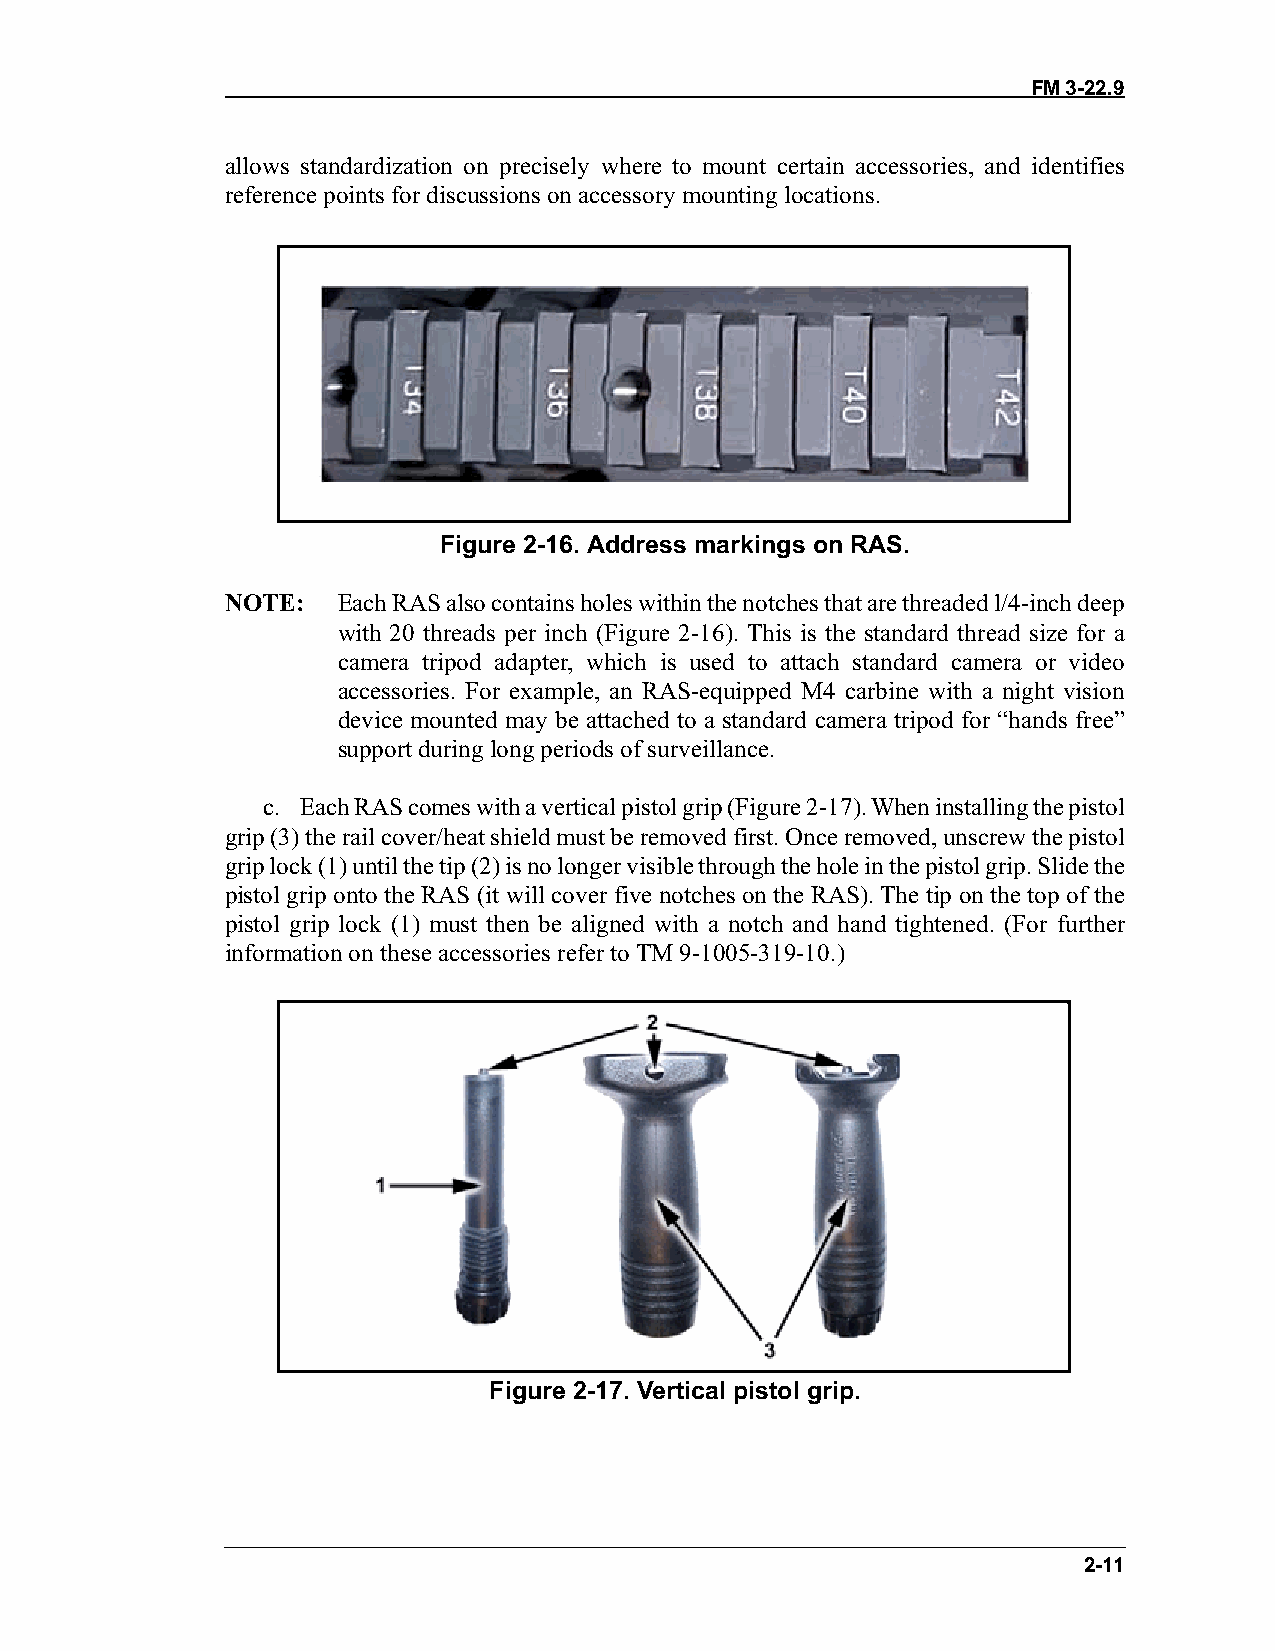
FM 3-22.9
 allows standardization on precisely where to mount certain accessories, and identifies
 reference points for discussions on accessory mounting locations.
 Figure 2-16. Address markings on RAS.
 NOTE:  Each RAS also contains holes within the notches that are threaded l/4-inch deep
 with 20 threads per inch (Figure 2-16). This is the standard thread size for a
 camera tripod adapter, which is used to attach standard camera or video
 accessories. For example, an RAS-equipped M4 carbine with a night vision
 device mounted may be attached to a standard camera tripod for “hands free”
 support during long periods of surveillance.
 c. Each RAS comes with a vertical pistol grip (Figure 2-17). When installing the pistol
 grip (3) the rail cover/heat shield must be removed first. Once removed, unscrew the pistol
 grip lock (1) until the tip (2) is no longer visible through the hole in the pistol grip. Slide the
 pistol grip onto the RAS (it will cover five notches on the RAS). The tip on the top of the
 pistol grip lock (1) must then be aligned with a notch and hand tightened. (For further
 information on these accessories refer to TM 9-1005-319-10.)
 Figure 2-17. Vertical pistol grip.
 2-11